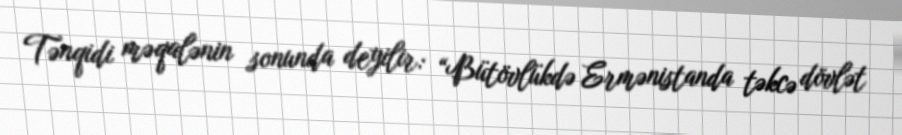
Tənqidi məqalənin sonunda deyilir: “Bütövlükdə Ermənistanda təkcə dövlət